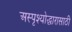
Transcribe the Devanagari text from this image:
अस्पृश्योद्धारासाठी